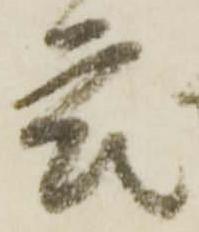
衆